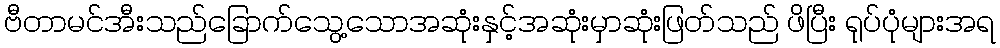
ဗီတာမင်အီးသည်ခြောက်သွေ့သောအဆုံးနှင့်အဆုံးမှာဆုံးဖြတ်သည် ဖိပြီး ရုပ်ပုံများအရ